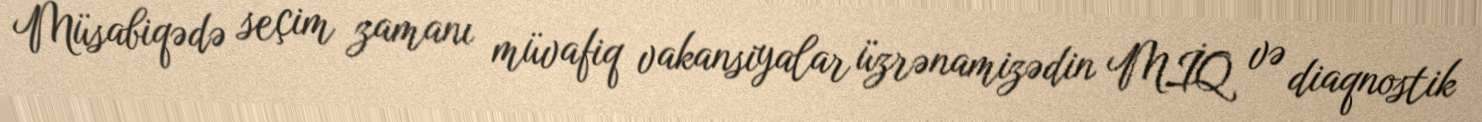
Müsabiqədə seçim zamanı müvafiq vakansiyalar üzrənamizədin MİQ və diaqnostik